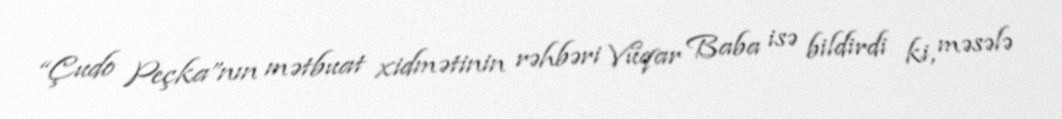
“Çudo Peçka”nın mətbuat xidmətinin rəhbəri Vüqar Baba isə bildirdi ki, məsələ